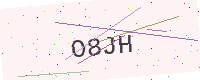
Text: O8JH